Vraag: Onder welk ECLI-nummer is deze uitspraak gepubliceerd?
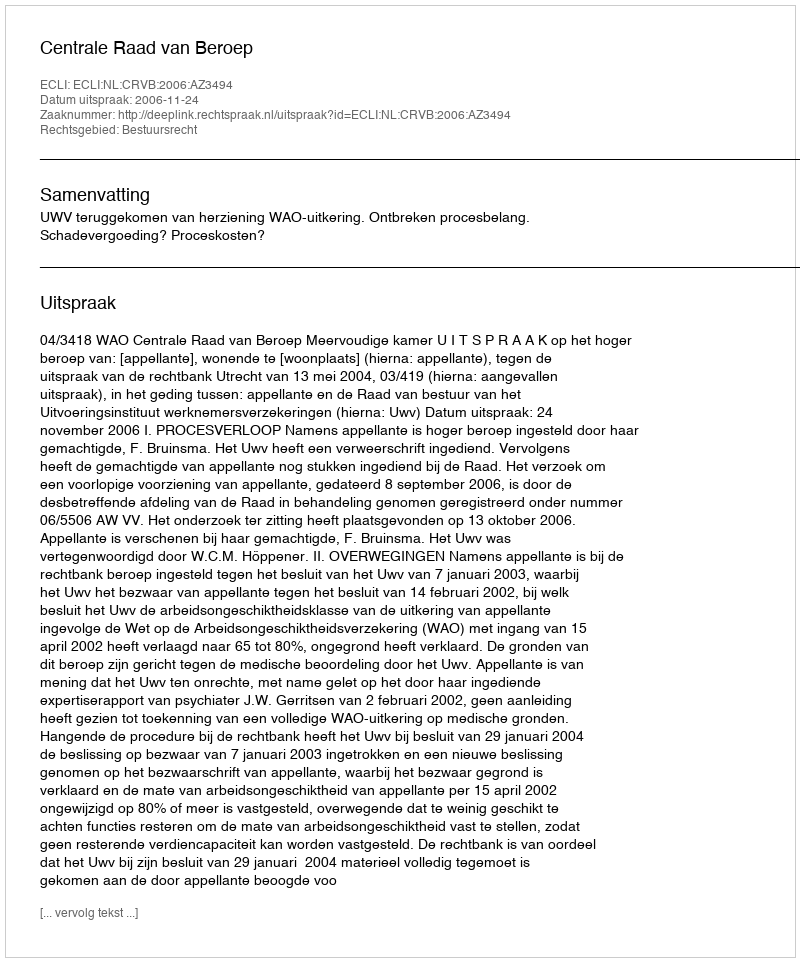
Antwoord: ECLI:NL:CRVB:2006:AZ3494